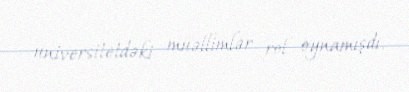
universitetdəki müəllimlər rol oynamışdı.